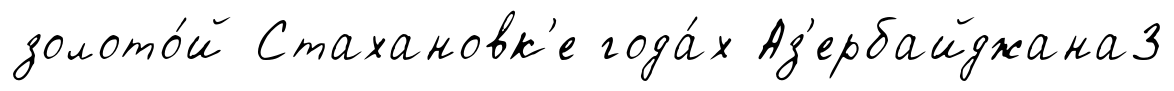
золото́й Стахановк'е года́х Аз'ербайджана3